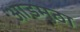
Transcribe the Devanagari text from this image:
आडमुठा